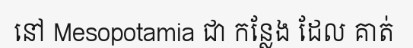
នៅ Mesopotamia ជា កន្លែង ដែល គាត់